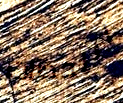
اللحظات